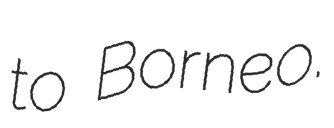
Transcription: to Borneo.